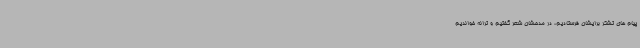
پیام های تشکر برایشان فرستادیم، در مدحشان شعر گفتیم و ترانه خواندیم